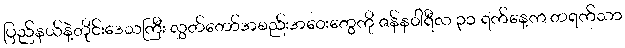
ပြည်နယ်နဲ့တိုင်းဒေသကြီး လွှတ်တော်အစည်းအဝေးတွေကို ဇန်နဝါရီလ ၃၁ ရက်နေ့က တရက်သာ